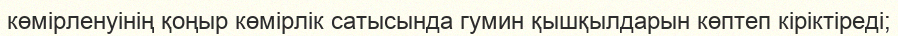
көмірленуінің қоңыр көмірлік сатысында гумин қышқылдарын көптеп кіріктіреді;